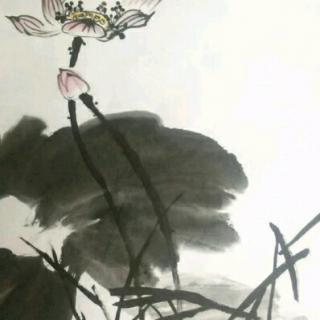
糁径杨花铺白毡，点溪荷叶叠青钱。